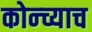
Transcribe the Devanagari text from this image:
कोन्च्याच